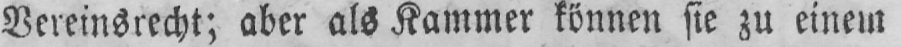
Vereinsrecht; aber als Kammer können sie zu einem